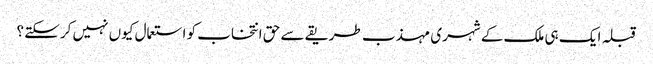
قبلہ ایک ہی ملک کے شہری مہذب طریقے سے حق انتخاب کو استعمال کیوں نہیں کرسکتے ؟